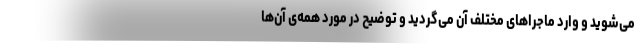
می‌شوید و وارد ماجراهای مختلف آن می‌گردید و توضیح در مورد همه‌ی آن‌ها